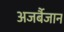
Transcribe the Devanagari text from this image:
अजर्बैजान